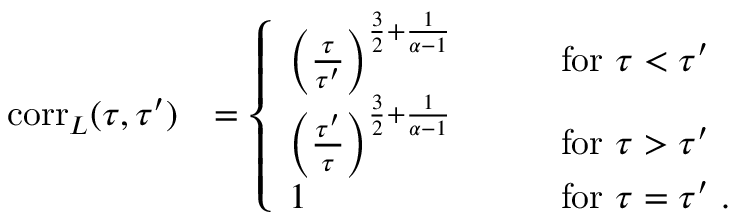
\begin{array} { r l } { \mathrm { c o r r } _ { L } ( \tau , \tau ^ { \prime } ) } & { = \left\{ \begin{array} { l l } { \left( \frac { \tau } { \tau ^ { \prime } } \right) ^ { \frac { 3 } { 2 } + \frac { 1 } { \alpha - 1 } } } & { \qquad \mathrm { f o r } \ \tau < \tau ^ { \prime } } \\ { \left( \frac { \tau ^ { \prime } } { \tau } \right) ^ { \frac { 3 } { 2 } + \frac { 1 } { \alpha - 1 } } } & { \qquad \mathrm { f o r } \ \tau > \tau ^ { \prime } } \\ { 1 } & { \qquad \mathrm { f o r } \ \tau = \tau ^ { \prime } \ . } \end{array} \right. } \end{array}